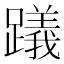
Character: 𨆋